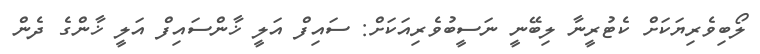
ލޯބިވެރިޔަކަށް ކެޓުރީނާ ލިބޭނީ ނަސީބުވެރިއަކަށް: ސައިފް އަލީ ޚާންސައިފް އަލީ ޚާންގެ ދެން